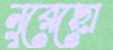
নুরেছো